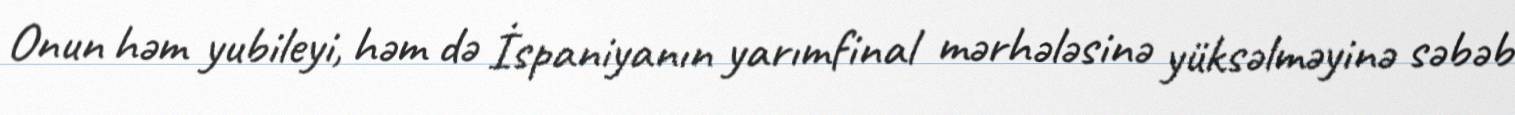
Onun həm yubileyi, həm də İspaniyanın yarımfinal mərhələsinə yüksəlməyinə səbəb